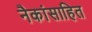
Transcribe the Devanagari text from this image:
नैकांसाहित